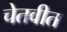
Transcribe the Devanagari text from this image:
चेतवीत